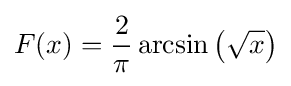
F(x)={\frac {2}{\pi }}\arcsin \left({\sqrt {x}}\right)